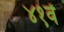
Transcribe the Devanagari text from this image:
४१वें